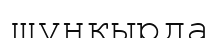
шұңкырда